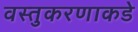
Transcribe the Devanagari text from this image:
वस्तुकरणाकडे